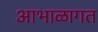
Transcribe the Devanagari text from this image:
आभाळागत